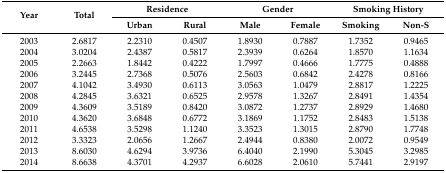
<table><thead><tr><td rowspan="2"><b>Year</b></td><td rowspan="2"><b>Total</b></td><td colspan="2"><b>Residence</b></td><td colspan="2"><b>Gender</b></td><td colspan="2"><b>Smoking History</b></td></tr><tr><td><b>Urban</b></td><td><b>Rural</b></td><td><b>Male</b></td><td><b>Female</b></td><td><b>Smoking</b></td><td><b>Non-S</b></td></tr></thead><tbody><tr><td>2003</td><td>2.6817</td><td>2.2310</td><td>0.4507</td><td>1.8930</td><td>0.7887</td><td>1.7352</td><td>0.9465</td></tr><tr><td>2004</td><td>3.0204</td><td>2.4387</td><td>0.5817</td><td>2.3939</td><td>0.6264</td><td>1.8570</td><td>1.1634</td></tr><tr><td>2005</td><td>2.2663</td><td>1.8442</td><td>0.4222</td><td>1.7997</td><td>0.4666</td><td>1.7775</td><td>0.4888</td></tr><tr><td>2006</td><td>3.2445</td><td>2.7368</td><td>0.5076</td><td>2.5603</td><td>0.6842</td><td>2.4278</td><td>0.8166</td></tr><tr><td>2007</td><td>4.1042</td><td>3.4930</td><td>0.6113</td><td>3.0563</td><td>1.0479</td><td>2.8817</td><td>1.2225</td></tr><tr><td>2008</td><td>4.2845</td><td>3.6321</td><td>0.6525</td><td>2.9578</td><td>1.3267</td><td>2.8491</td><td>1.4354</td></tr><tr><td>2009</td><td>4.3609</td><td>3.5189</td><td>0.8420</td><td>3.0872</td><td>1.2737</td><td>2.8929</td><td>1.4680</td></tr><tr><td>2010</td><td>4.3620</td><td>3.6848</td><td>0.6772</td><td>3.1869</td><td>1.1752</td><td>2.8483</td><td>1.5138</td></tr><tr><td>2011</td><td>4.6538</td><td>3.5298</td><td>1.1240</td><td>3.3523</td><td>1.3015</td><td>2.8790</td><td>1.7748</td></tr><tr><td>2012</td><td>3.3323</td><td>2.0656</td><td>1.2667</td><td>2.4944</td><td>0.8380</td><td>2.0072</td><td>0.9549</td></tr><tr><td>2013</td><td>8.6030</td><td>4.6294</td><td>3.9736</td><td>6.4040</td><td>2.1990</td><td>5.3045</td><td>3.2985</td></tr><tr><td>2014</td><td>8.6638</td><td>4.3701</td><td>4.2937</td><td>6.6028</td><td>2.0610</td><td>5.7441</td><td>2.9197</td></tr></tbody></table>